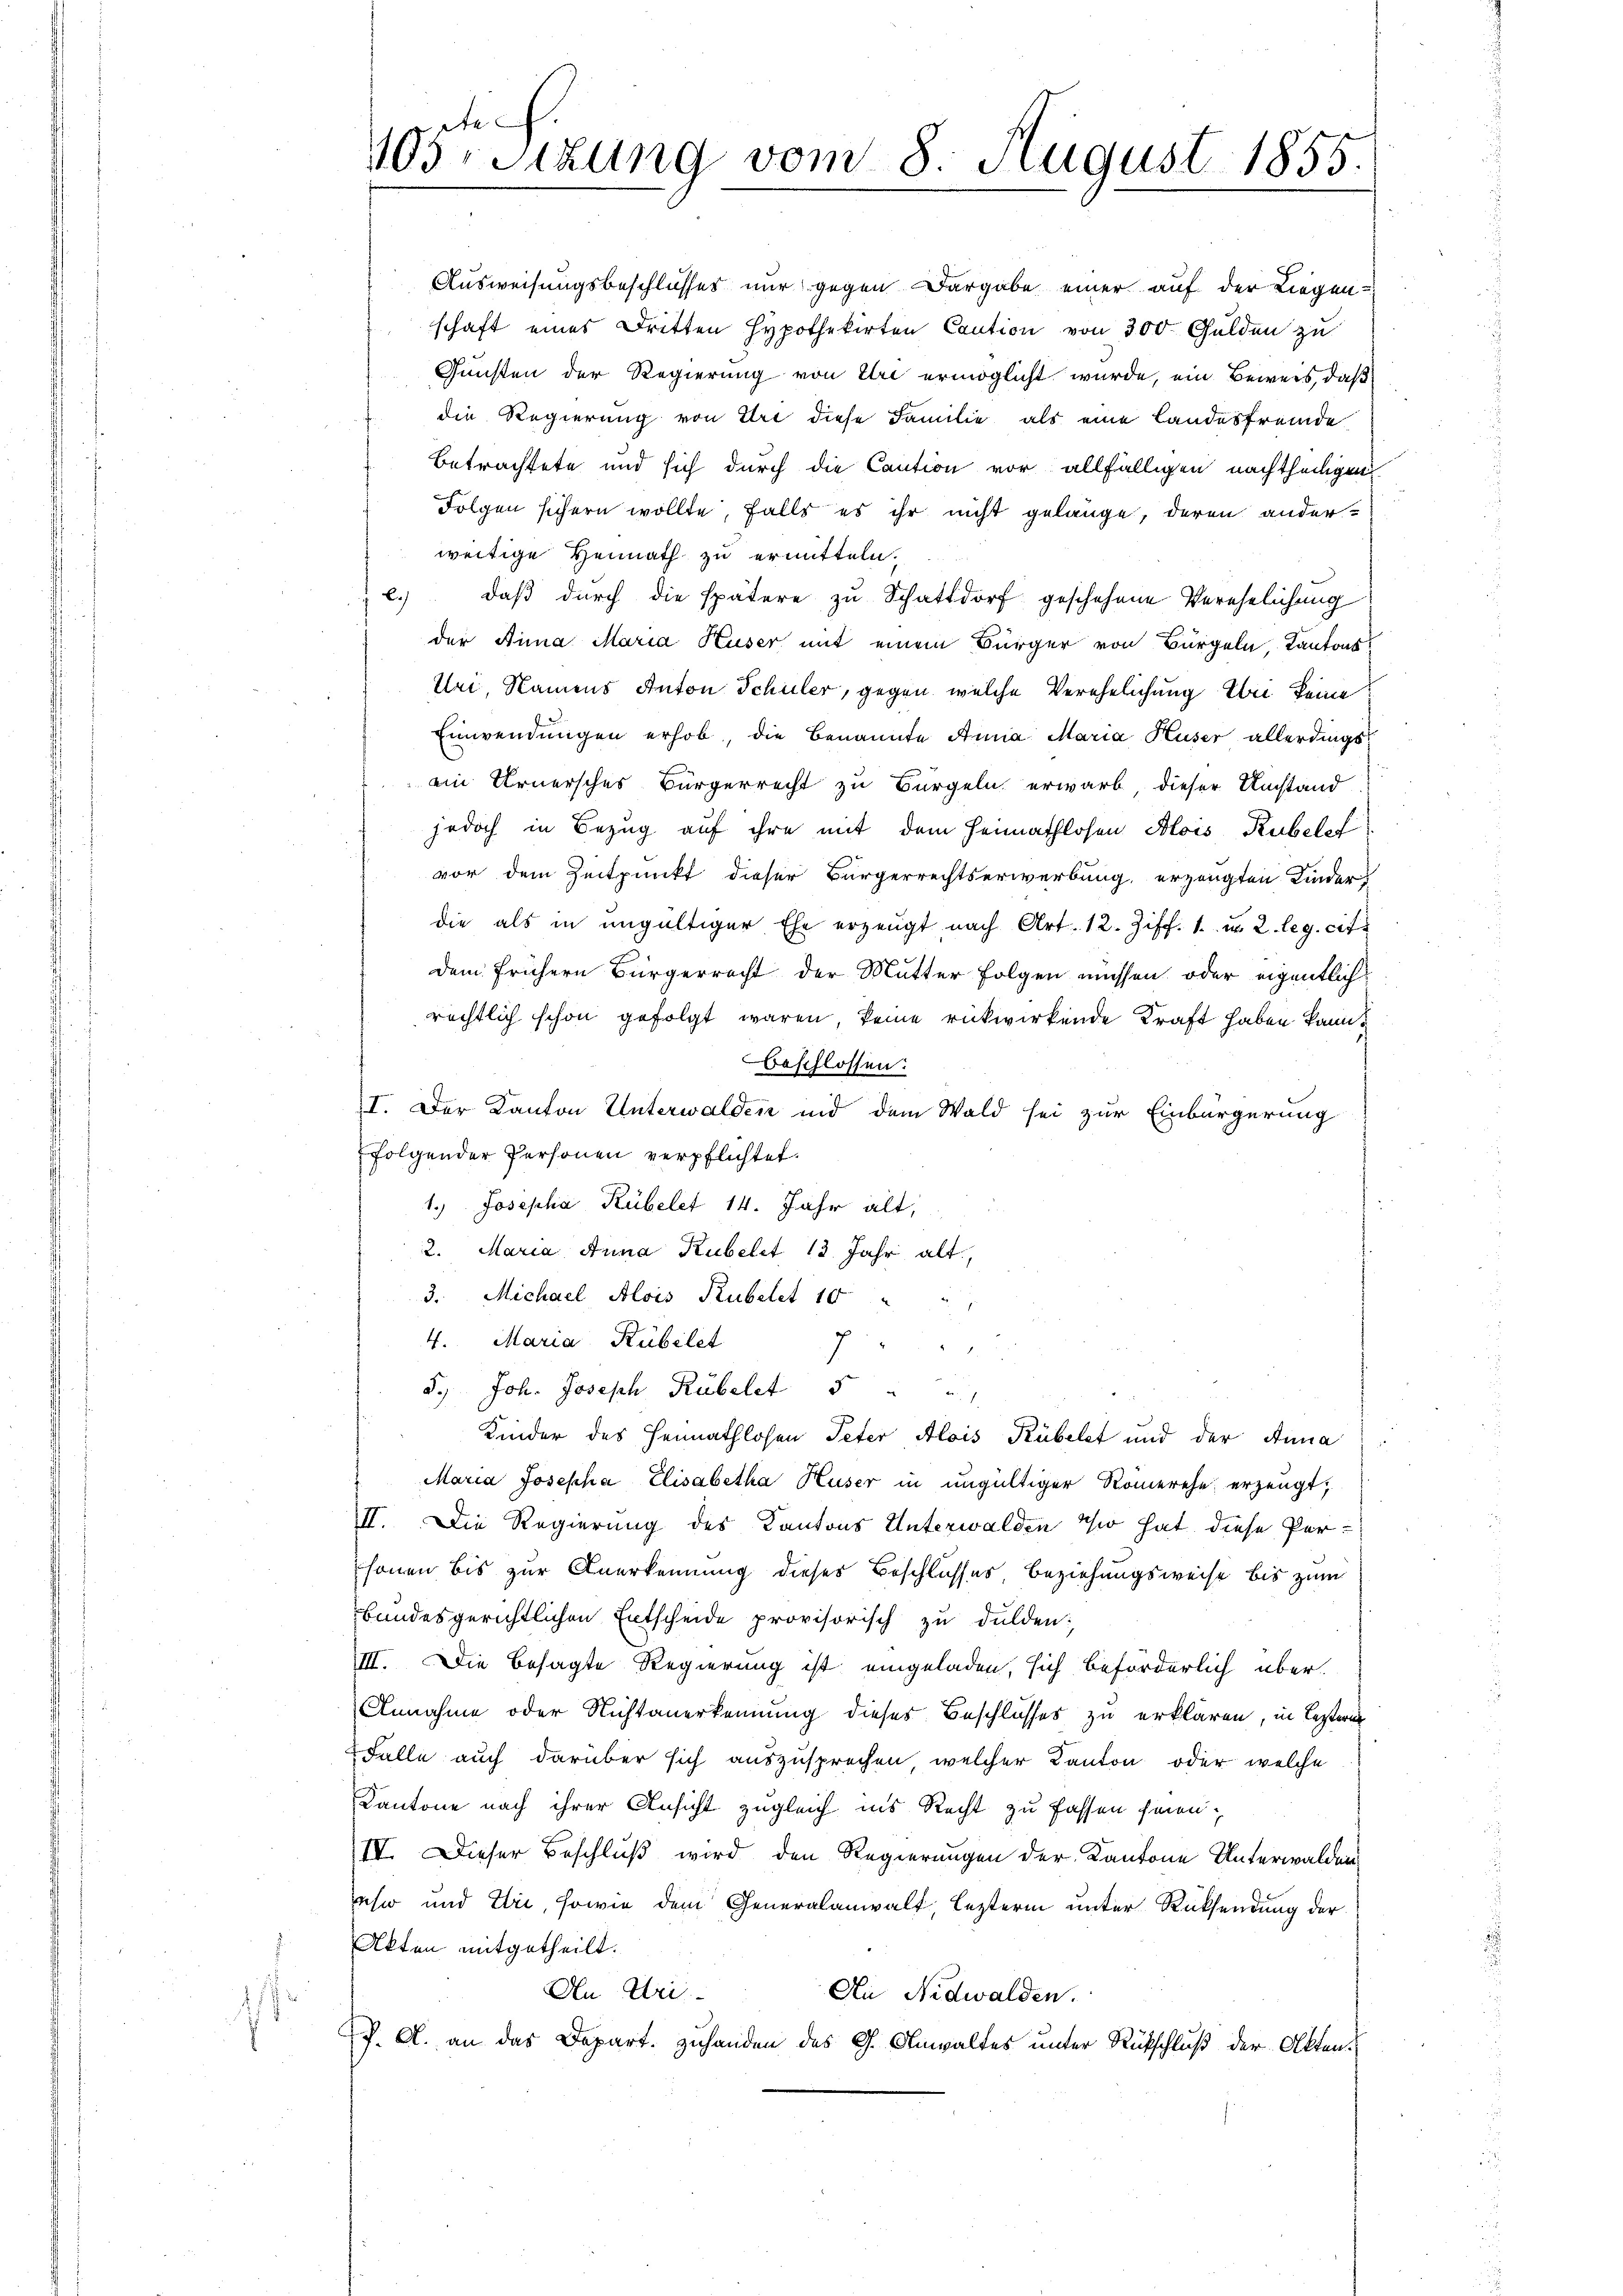
105. Sitzung vom 8. August 1855

Ausweisungsbeschlusses nur gegen Dargabe einer auf der Liegenschaft eines Dritten Hypothekirten Caution von 300 Gulden zu
Gunsten der Regierung von Uri ermöglicht wurde, ein Beweis, daß
die Regierung von Uri diese Familie als eine Landesfremde
Betrachtete und sich durch die Caution vor allfälligen nachtheiligen
Folgen sichern wollte, falls es ihr nicht gelange, deren anderweitige Heimath zu ermitteln.
c.) daß durch die spätere zu Schattdorf geschehene Verehelichung
der Bina Maria Huser mit einem Bürger von Bürgeln, Kantons
Uri, Namens Anton Schüler, gegen welche Verehelichung bei keine
Einwendungen erhob, die Benannte Anna Maria Huser allerdings-
ein Urnersches Bürgerrecht zu Bürgeln erwarb, dieser Umstand
jedoch in Bezug auf ihre mit dem Heimathlosen Alois Rubeleh
vor dem Zeitpunkt dieser Bürgerrechtserwerbung, erzeugten Kinder
die als in ungültiger Ehe erzeugt nach Art. 12. Ziff. 1 u 2. leg. cit.
dem frühern Bürgerrecht der Mutter Folgen müssen oder eigentlich
rechtlich schon gefolgt waren, keine rückwirkende Kraft haben kann.
beschlossen:
I. Der Kanton Unterwalden und dem Wald sei zur Einbürgerung
folgender Personen verpflichtet.
1.) Josepha Rübelet 14. Jahr alt,
2. Maria Anna Rubelet 13. Jahr alt,
3. Michael Alois Rubelet 10 "
4. Maria Kübilet
7
8.) Joh. Joseph Rübelct 5

Kinder des Heimathlosen Peter Alois Rübelst und der Anna
" Maria Josepha Elisabetha Huser in ungültiger Romerehe erzeugt,
II. Die Regierung des Kantons Unterwalden Wir hat diese Personen bis zur Anerkennung dieses Beschlusses Beziehungsweise bis zum
bandesgerichtlichen Entscheide provisorisch zu dulden:
III. Die besagte Regierung ist eingeladen, sich beförderlich über¬
Annahme oder Nichtanerkennung dieses Beschlusses zu erklären, in Leztern
Falle auch darüber sich auszusprechen, welcher Kanton oder welche
Kantone nach ihrer Ansicht zugleich ins Recht zu fassen seien;
IV. Dieser Beschluß wird den Regierungen der Kantone Unterwaldenesw und Uri, sowie dem Generalanwalt, lezterm unter Rücksendung der
Akten mitgetheilt.
An Wei
An Nidwalden.
f. A. an das Depart. Zuhanden des G. Anwaltes unter Rückschluß der Akten.